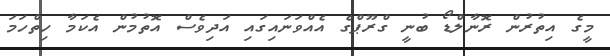
މީގެ އިތުރުން ރޮނާލްޑޯ ބުނީ ގްރޫޕްގެ އެއްވަނައިގައި އަދިވެސް އޮތުމުން އެކަމާ ހިތްހަމަ